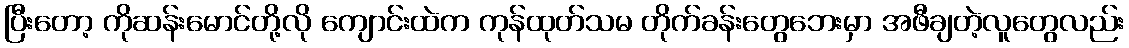
ပြီးတော့ ကိုဆန်းမောင်တို့လို ကျောင်းထဲက ကုန်ထုတ်သမ တိုက်ခန်းတွေဘေးမှာ အဖီချတဲ့လူတွေလည်း